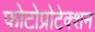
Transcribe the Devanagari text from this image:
फोटोप्रोटेक्शन